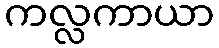
ကလ္လကာယာ